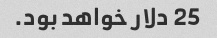
25 دلار خواهد بود.